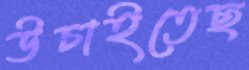
উচাইতেছ